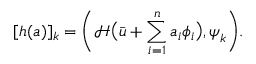
[ \boldsymbol { h } ( \boldsymbol { a } ) ] _ { k } = \bigg ( \mathcal { H } \big ( \bar { \boldsymbol { u } } + \sum _ { i = 1 } ^ { n } a _ { i } \phi _ { i } \big ) , \boldsymbol { \psi } _ { k } \bigg ) .